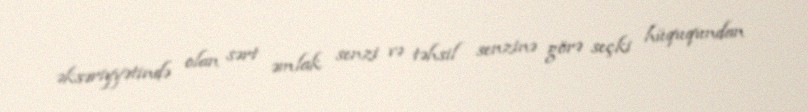
əksəriyyətində olan sərt əmlak senzi və təhsil senzinə görə seçki hüququndan